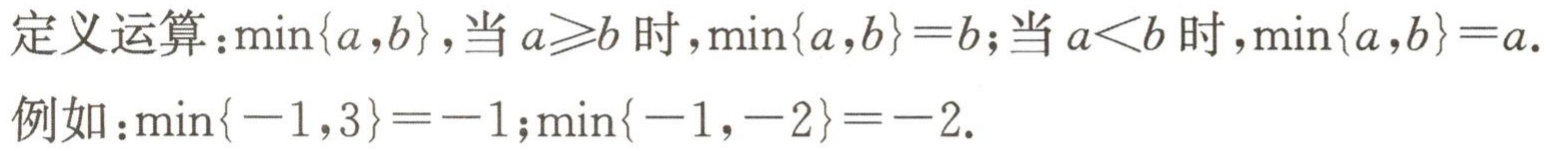
定义运算：$\min\{a,b\}$，当$a\geqslant b$时，$\min\{a,b\}=b$；当$a < b$时，$\min\{a,b\}=a$.
例如：$\min\{-1,3\}=-1$；$\min\{-1,-2\}=-2$.